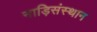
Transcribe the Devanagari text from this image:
नाड़िसंस्थान